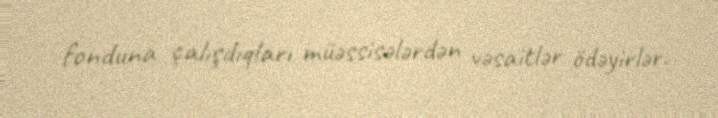
fonduna çalışdıqları müəssisələrdən vəsaitlər ödəyirlər.